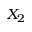
X _ { 2 }